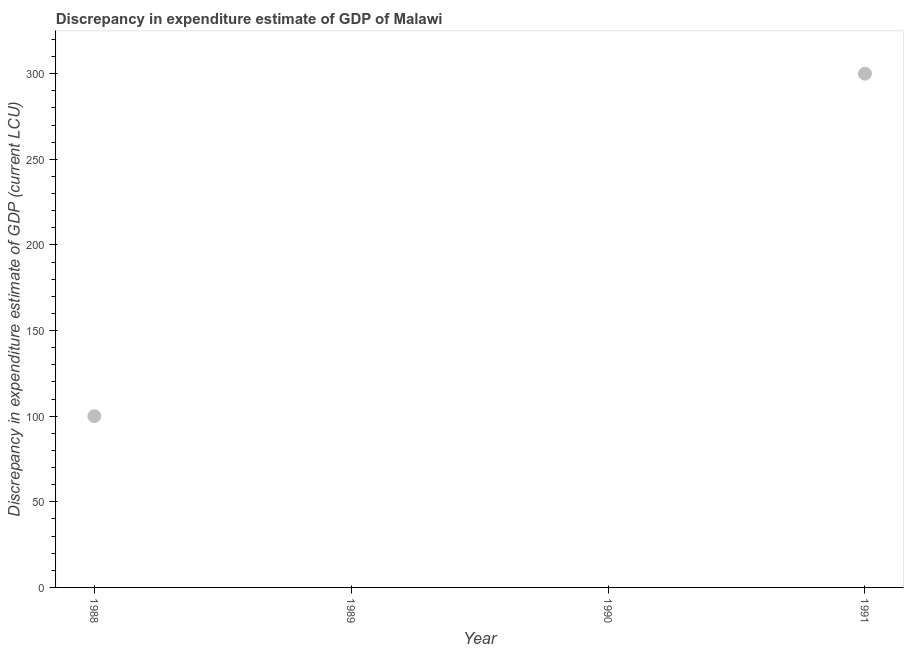
| Year | Discrepancy current LCU |
 | --- | --- |
 | 1988 | 100 |
 | 1989 | -200 |
 | 1990 | -100 |
 | 1991 | 300 |